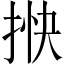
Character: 𢭴